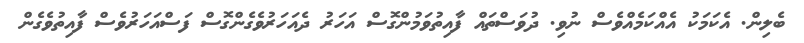
ބެލިން. އެކަމަކު އެއްކަމެއްވެސް ނުވި. ދުވަސްތައް ފާއިތުވަމުންގޮސް އަހަރު ދެއަހަރުވެގެންގޮސް ފަސްއަހަރުވެސް ފާއިތުވެގެން